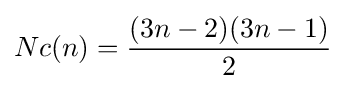
Nc(n)={\frac {(3n-2)(3n-1)}{2}}